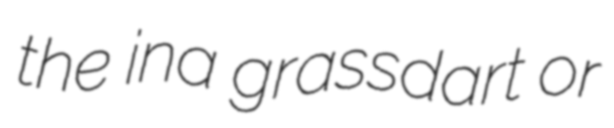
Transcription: the ina grassdart or